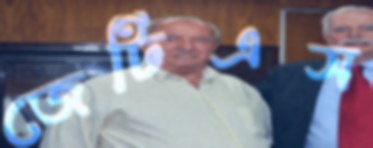
জেটিএস